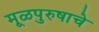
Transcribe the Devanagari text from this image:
मूळपुरुषाचे